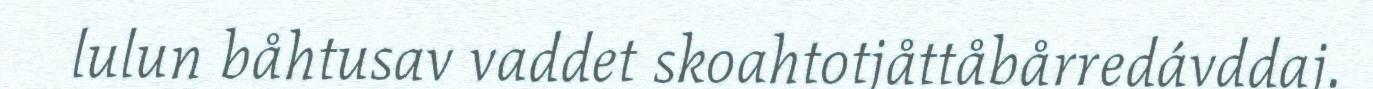
lulun båhtusav vaddet skoahtotjåttåbårredávddaj.